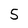
Character: 5